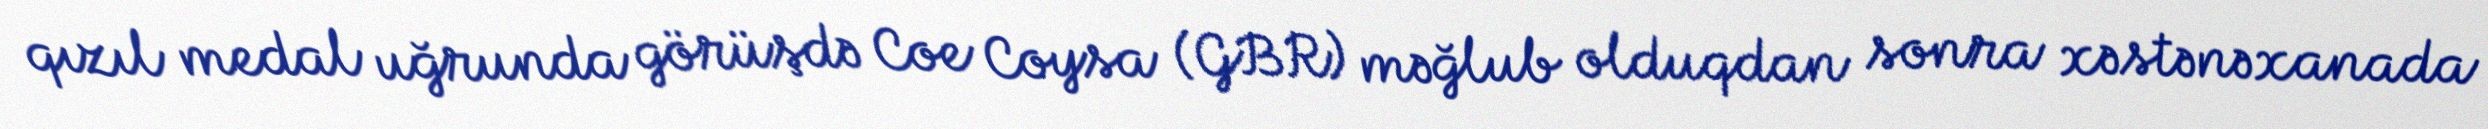
qızıl medal uğrunda görüşdə Coe Coysa (GBR) məğlub olduqdan sonra xəstənəxanada